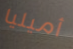
أميليا